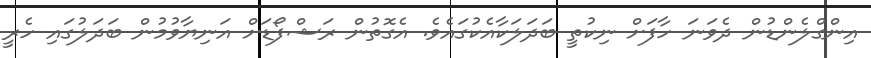
އިންގްލެންޑުން ދެވަނަ ހާފަށް ނިކުތީ ބަދަލަކާއެކުގައެވެ. އެގޮތުން ރަޝްފޯޑަށް އަނިޔާވުމުން ބަދަލުގައި ހެރީ